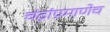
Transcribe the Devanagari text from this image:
चंद्रांप्रमाणेच